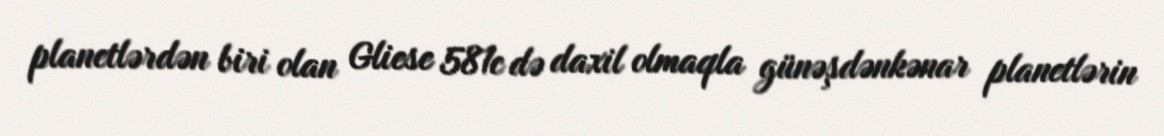
planetlərdən biri olan Gliese 581c də daxil olmaqla günəşdənkənar planetlərin